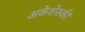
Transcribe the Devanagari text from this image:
अकेशेरुकी